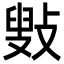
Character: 㪢